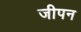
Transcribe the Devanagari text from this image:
जीपन